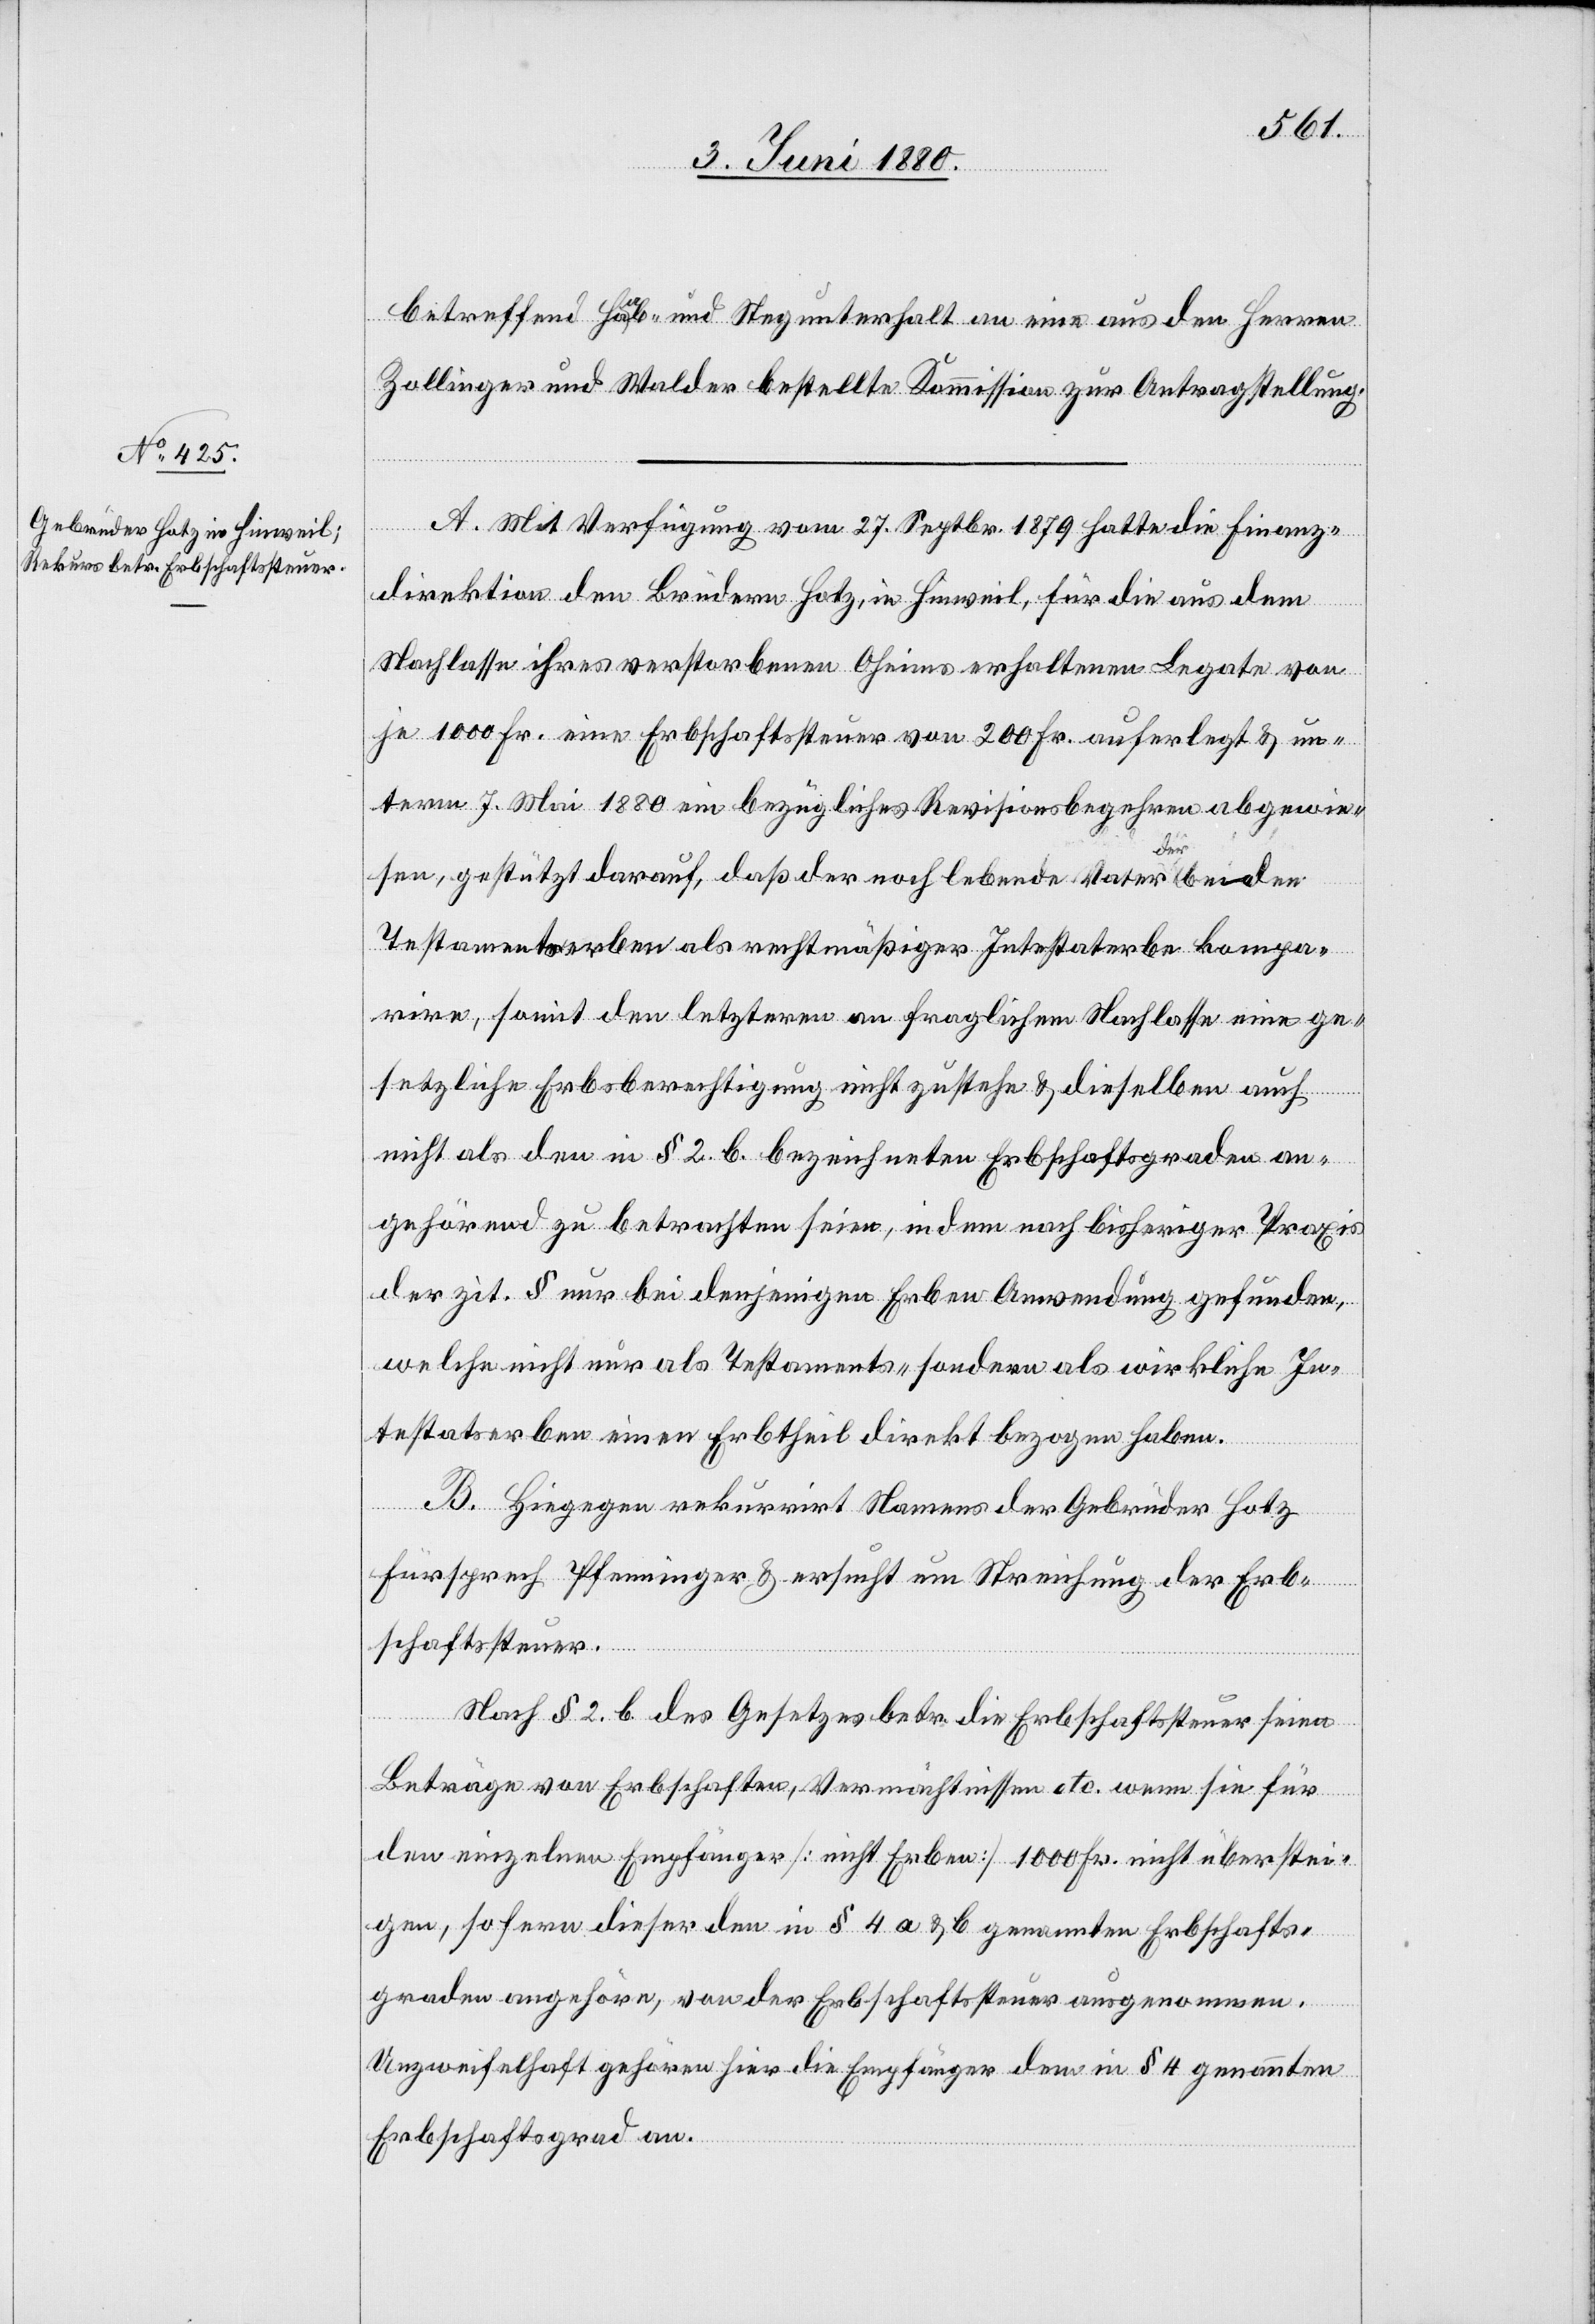
betreffend Haab- und Stegunterhalt an eine aus den Herren
Zollinger und Walder bestellte Kommission zur Antragstellung.
A. Mit Verfügung vom 27. Septbr. 1879 hatte die Finanz¬
direktion den Brüdern Hotz, in Hinweil, für die aus dem
Nachlasse ihres verstorbenen Oheims erhaltenen Legate von
je 1000 Fr. eine Erbschaftssteuer von 200 Fr. auferlegt & un¬
term 7. Mai 1880 ein bezügliches Revisionsbegehren abgewie¬
sen, gestützt darauf, daß der noch lebende Vater, der
Testamentserben als rechtmäßiger Intestaterbe kompa¬
rire, somit den letzteren an fraglichem Nachlasse eine ge¬
setzliche Erbsberechtigung nicht zustehe & dieselben auch
nichts als den in § 2. b. bezeichneten Erbschaftsgraden an¬
gehörend zu betrachten seien, indem nach bisheriger Praxis
der zit. § nur bei denjenigen Erben Anwendung gefunden,
welche nicht nur als Testaments- sondern als wirkliche In¬
testatserben einen Erbtheil direkt bezogen haben.
B. Hiegegen rekurrirt Namens der Gebrüder Hotz
Fürsprech Pfenninger & ersucht um Streichung der Erb¬
schaftssteuer.
Nach § 2. b. des Gesetzes betr. die Erbschaftssteuer seien
Beträge von Erbschaften, Vermächtnissen etc. wenn sie für
den einzelnen Empfänger [nicht Erben] 1000 Fr. nicht überstei¬
gen, sofern dieser den in § 4 a & b genannten Erbschafts¬
graden angehöre, von der Erbschaftssteuer ausgenommen.
Unzweifelhaft gehören hier die Empfänger dem in § 4 genannten
Erbschaftgrad an.

den